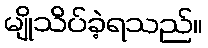
မျိုသိပ်ခဲ့ရသည်။